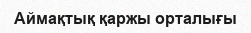
Аймақтық қаржы орталығы